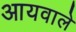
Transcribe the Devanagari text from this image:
आयवाले